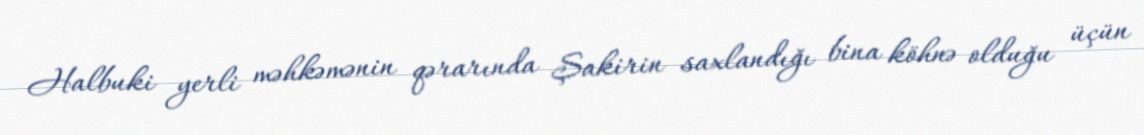
Halbuki yerli məhkəmənin qərarında Şakirin saxlandığı bina köhnə olduğu üçün